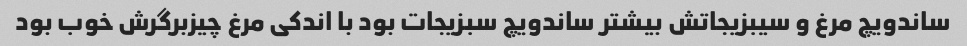
ساندویچ مرغ و سیبزیجاتش بیشتر ساندویچ سبزیجات بود با اندکی مرغ چیزبرگرش خوب بود